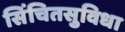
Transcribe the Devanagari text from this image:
सिंचितसुविधा